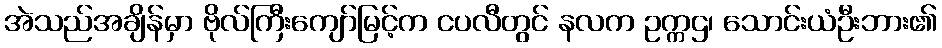
အဲသည်အချိန်မှာ ဗိုလ်ကြီးကျော်မြင့်က ငပလီတွင် နလက ဥက္ကဌ၊ သောင်းယံဦးဘား၏